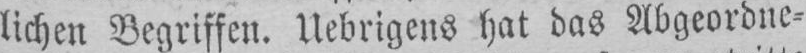
lichen Begriffen. Uebrigens hat das Abgeordne⸗